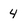
Character: 4